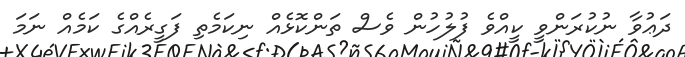
ދަޢުވާ ނުކުރަންވީ ކީއްވެ ފުލުހުން ވެސް ތަންކޮޅެއް ނިކަމެތި ފަގީރެއްގެ ކަމެއް ނަމަ